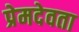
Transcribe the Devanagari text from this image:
प्रेमदेवता